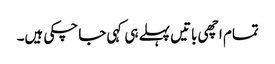
تمام اچھی باتیں پہلے ہی کہی جا چکی ہیں۔